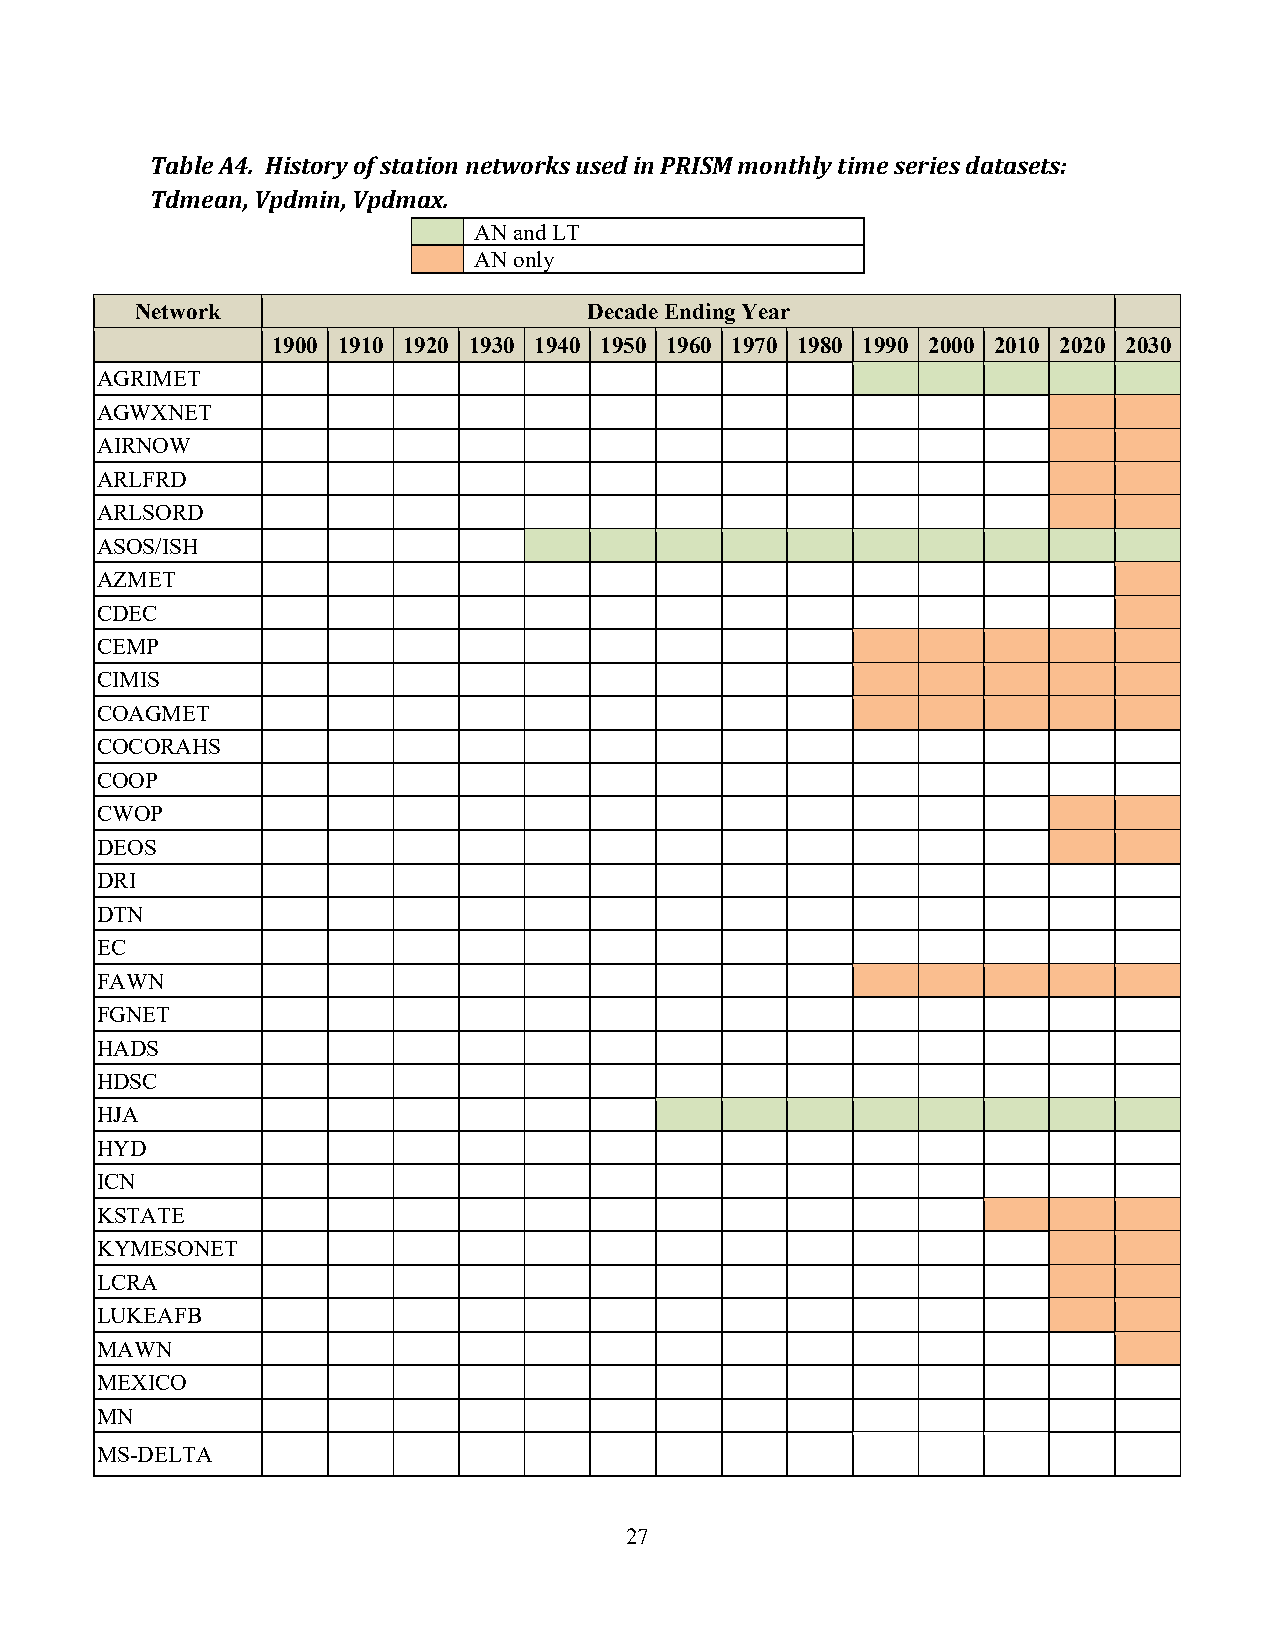
Table A4. History of station networks used in PRISM monthly time series datasets:
 Tdmean, Vpdmin, Vpdmax.
 AN and LT
 AN only
 Network                       Decade Ending Year
 1900 1910 1920 1930 1940 1950 1960 1970 1980 1990 2000 2010 2020 2030
 AGRIMET
 AGWXNET
 AIRNOW
 ARLFRD
 ARLSORD
 ASOS/ISH
 AZMET
 CDEC
 CEMP
 CIMIS
 COAGMET
 COCORAHS
 COOP
 CWOP
 DEOS
 DRI
 DTN
 EC
 FAWN
 FGNET
 HADS
 HDSC
 HJA
 HYD
 ICN
 KSTATE
 KYMESONET
 LCRA
 LUKEAFB
 MAWN
 MEXICO
 MN
 MS-DELTA
 27